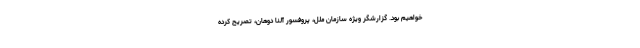
خواهیم بود. گزارشگر ویژه سازمان ملل، پروفسور آلنا دوهان، تصریح کرده